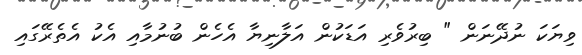
ވިޔަކަ ނުދޭނަން " ބިރުވެރި އަޑަކުން އަލާނިޔާ އެހެން ބުނުމާއި އެކު އެތެރޭގައި